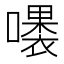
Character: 𱕉